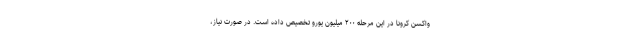
واکسن کرونا در این مرحله ۲۰۰ میلیون یورو تخصیص داده است. در صورت نیاز،